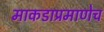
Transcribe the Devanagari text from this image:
माकडाप्रमाणेच